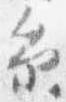
糸